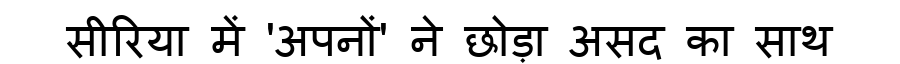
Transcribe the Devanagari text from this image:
सीरिया में 'अपनों' ने छोड़ा असद का साथ